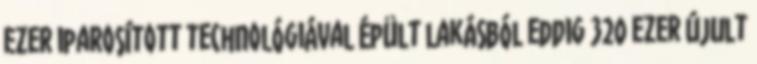
ezer iparosított technológiával épült lakásból eddig 320 ezer újult